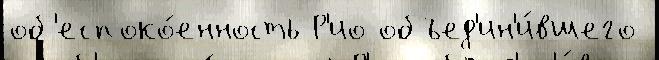
об'еспоко́енность Р'ио объед'ин'и́вшего